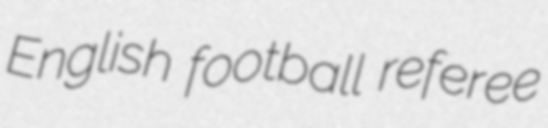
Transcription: English football referee